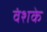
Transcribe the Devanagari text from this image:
वंशके